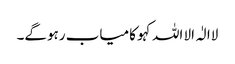
لاالٰہ الا اللہ کہو کامیاب رہوگے۔